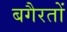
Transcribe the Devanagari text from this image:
बगैरतों